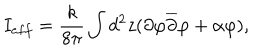
LaTeX: I _ { e f f } = \frac { k } { 8 \pi } \int d ^ { 2 } z ( \partial \varphi \overline { { { \partial } } } \varphi + \alpha \varphi ) ,